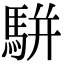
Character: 駢